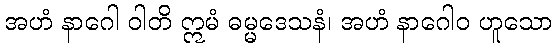
အဟံ နာဂေါ ဝါတိ ဣမံ ဓမ္မဒေသနံ၊ အဟံ နာဂေါဝ ဟူသော